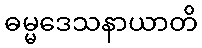
ဓမ္မဒေသနာယာတိ